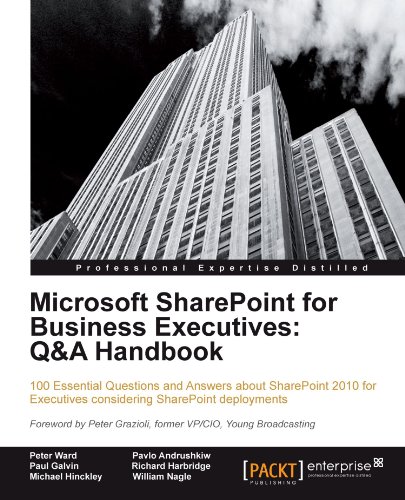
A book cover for Microsoft SharePoint for Business Executives: Q&A Handbook; Peter Ward; Computers & Technology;